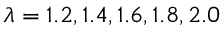
\lambda = 1 . 2 , 1 . 4 , 1 . 6 , 1 . 8 , 2 . 0